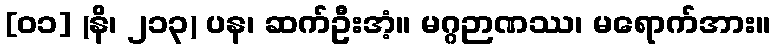
[၀၁] (နိ၊ ၂၁၃) ပန၊ ဆက်ဦးအံ့။ မဂ္ဂဉာဏဿ၊ မရောက်အား။